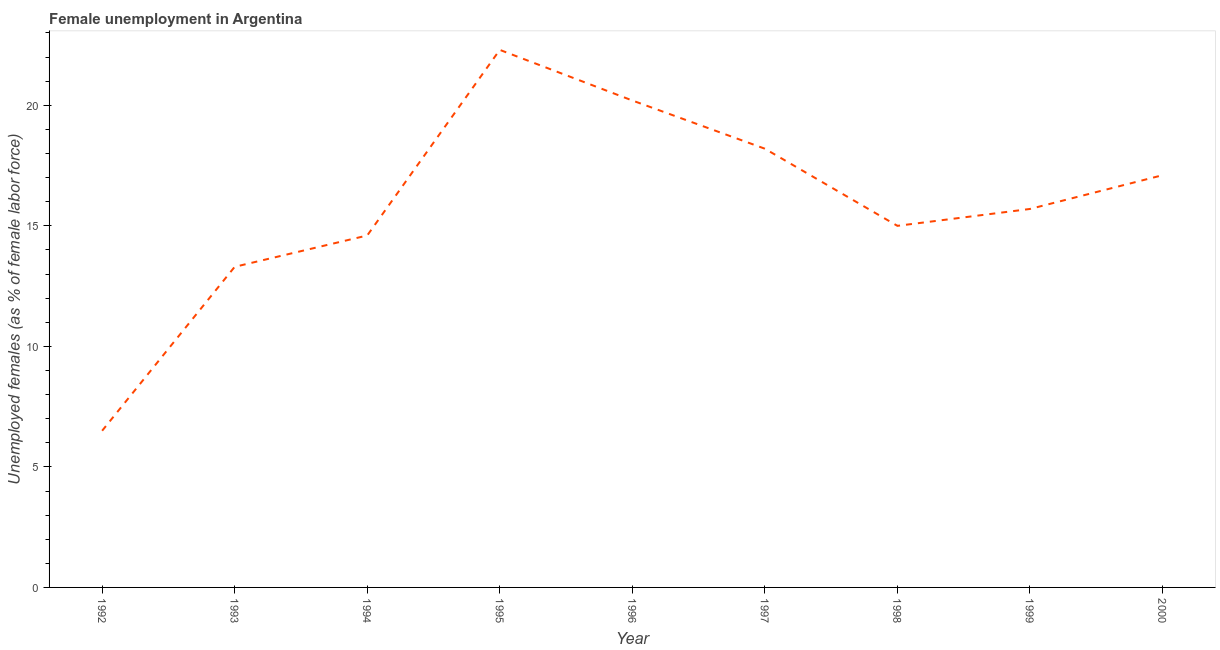
| Year | Unemployment |
 | --- | --- |
 | 1992 | 6.5 |
 | 1993 | 13.3 |
 | 1994 | 14.6 |
 | 1995 | 22.3 |
 | 1996 | 20.2 |
 | 1997 | 18.2 |
 | 1998 | 15 |
 | 1999 | 15.7 |
 | 2000 | 17.1 |